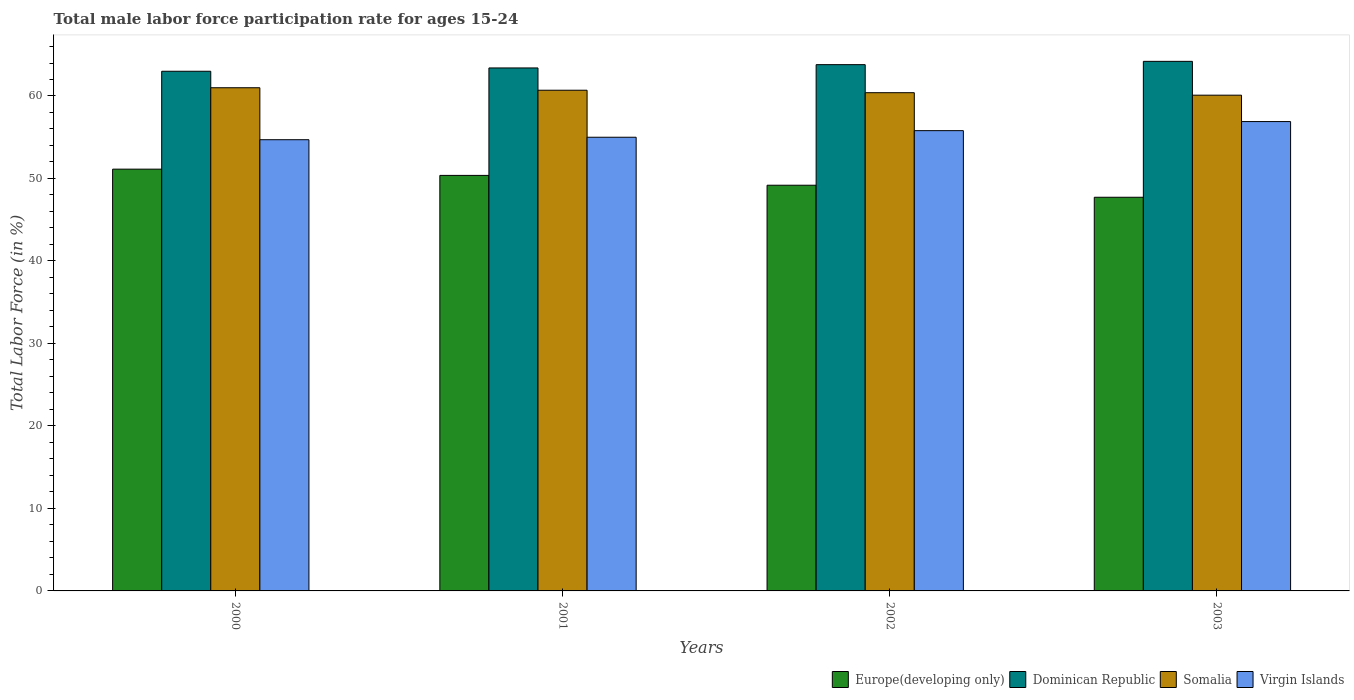
| Years | Europe(developing only) | Dominican Republic | Somalia | Virgin Islands |
 | --- | --- | --- | --- | --- |
 | 2000 | 51.1 | 63 | 61 | 54.7 |
 | 2001 | 50.4 | 63.4 | 60.7 | 55 |
 | 2002 | 49.2 | 63.8 | 60.4 | 55.8 |
 | 2003 | 47.7 | 64.2 | 60.1 | 56.9 |